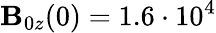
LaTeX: \mathbf{B}_{0z}(0)=1.6\cdot10^{4}